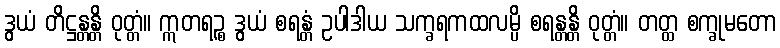
ဒွယံ တိဋ္ဌန္တန္တိ ဝုတ္တံ။ ဣတရဉ္စ ဒွယံ စရန္တံ ဥပါဒါယ သက္ခရကထလမ္ပိ စရန္တန္တိ ဝုတ္တံ။ တတ္ထ စက္ခုမတော